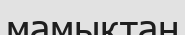
мамықтан